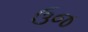
ઉજ